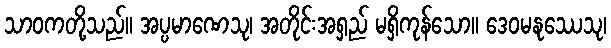
သာဝကတို့သည်။ အပ္ပမာဏေသု၊ အတိုင်းအရှည် မရှိကုန်သော။ ဒေဝမနုဿေသု၊